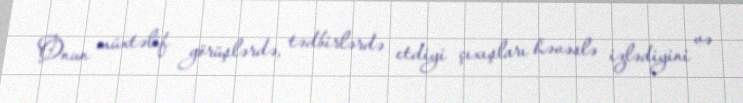
Onun müxtəlif görüşlərdə, tədbirlərdə etdiyi çıxışları həvəslə izlədiyini və